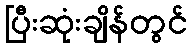
ပြီးဆုံးချိန်တွင်